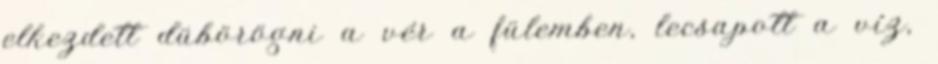
elkezdett dübörögni a vér a fülemben, lecsapott a víz,